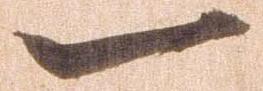
一